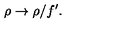
\rho \rightarrow \rho / f ^ { \prime } .